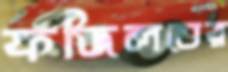
ফজিলতের